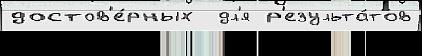
достов'е́рных  дл'я р'езульта́тов